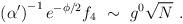
LaTeX: \begin{align*}\left( \alpha' \right)^{- 1} e^{- \phi/2} f_4 \ \sim \ g^0 \sqrt{N} \ .\end{align*}